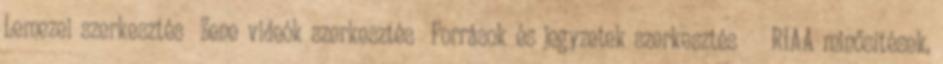
Lemezei szerkesztés Zene videók szerkesztés Források és jegyzetek szerkesztés ↑ RIAA minősítések,